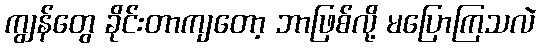
ကျွန်တွေ ခိုင်းတာကျတော့ ဘာဖြစ်လို့ မပြောကြသလဲ